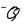
Character: Q